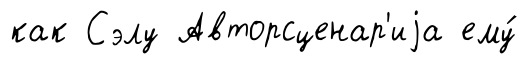
как Сэлу Авторсценар'иjа ему́